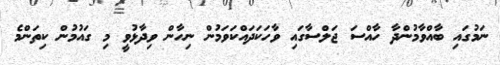
ނަމުގައި ބާއްވާމުންދާ ހާއްސަ ޖަލްސާގައި ވާހަކަދައްކަވަމުން ނިހާން ވިދާޅުވީ މި ގައުމުން ކިތަންމެ